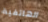
الهاتفية